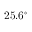
2 5 . 6 ^ { \circ }